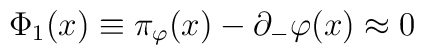
\Phi_{1}(x)\equiv \pi_{\varphi}(x)-\partial_{-}\varphi(x)\approx 0\quad